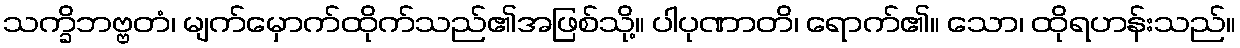
သက္ခိဘဗ္ဗတံ၊ မျက်မှောက်ထိုက်သည်၏အဖြစ်သို့။ ပါပုဏာတိ၊ ရောက်၏။ သော၊ ထိုရဟန်းသည်။